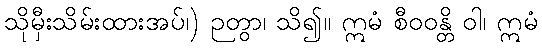
သိုမှီးသိမ်းထားအပ်၊) ဉတွာ၊ သိ၍။ ဣမံ စီဝဝန္တိ ဝါ၊ ဣမံ